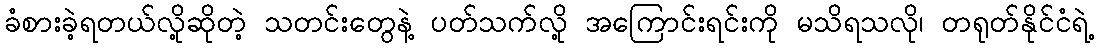
ခံစားခဲ့ရတယ်လို့ဆိုတဲ့ သတင်းတွေနဲ့ ပတ်သက်လို့ အကြောင်းရင်းကို မသိရသလို၊ တရုတ်နိုင်ငံရဲ့